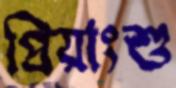
প্রিয়াংশু